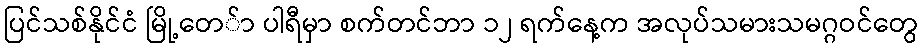
ပြင်သစ်နိုင်ငံ မြို့တေ်ာ ပါရီမှာ စက်တင်ဘာ ၁၂ ရက်နေ့က အလုပ်သမားသမဂ္ဂဝင်တွေ